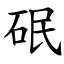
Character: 䂥